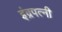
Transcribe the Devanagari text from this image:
इंद्रपत्नी